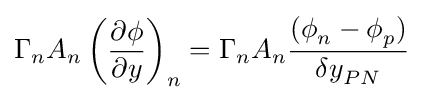
{{\Gamma {}}_{n}A_{n}\left({\frac {\partial {}\phi {}}{\partial {y}}}\right)}_{n}={\Gamma {}}_{n}A_{n}{\frac {({\phi {}}_{n}-{\phi {}}_{p})}{{\delta {}y}_{PN}}}